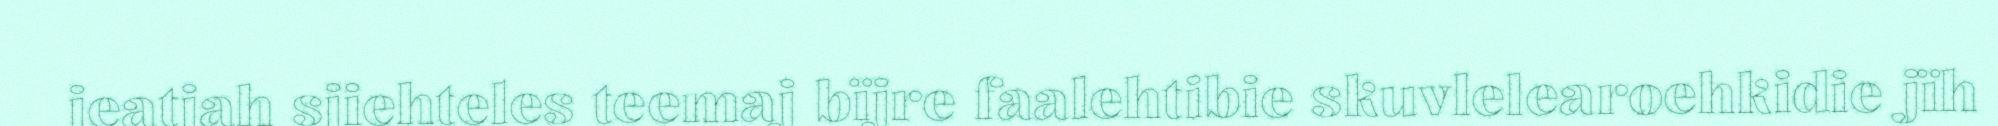
jeatjah sjiehteles teemaj bïjre faalehtibie skuvlelearoehkidie jïh